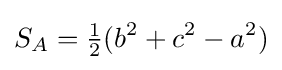
S_{A}={\tfrac {1}{2}}(b^{2}+c^{2}-a^{2})